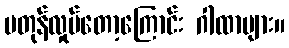
မတုန်လှုပ်တော့ကြောင်း ဂါထာများ။